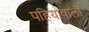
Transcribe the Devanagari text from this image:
पहियोंवाली